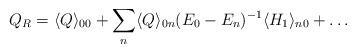
LaTeX: \begin{align*}Q_R=\langle Q\rangle_{00}+\sum_n\langle Q\rangle_{0n}(E_0-E_n)^{-1}\langle H_1\rangle_{n0}+\dots\end{align*}